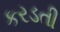
કરડતી